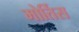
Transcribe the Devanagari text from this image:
मोर्तिस